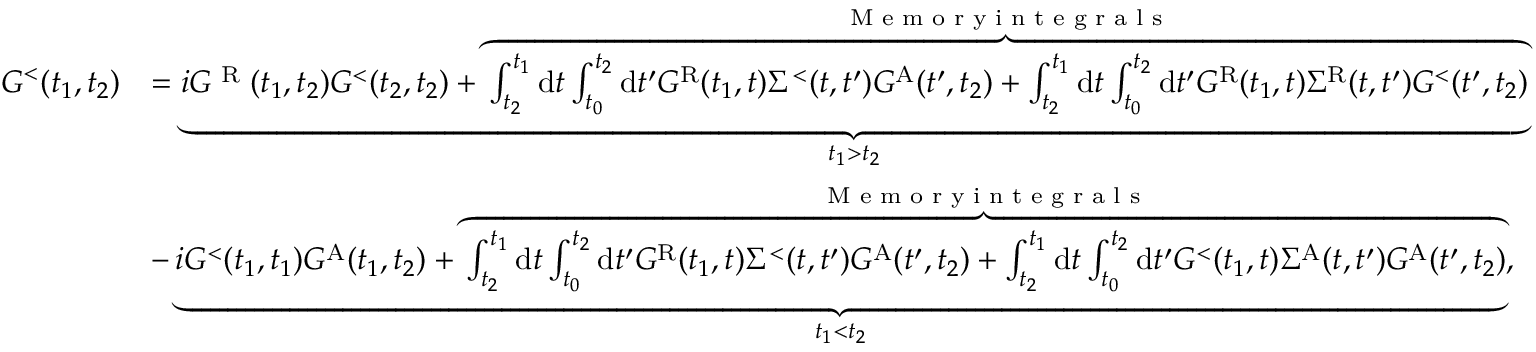
\begin{array} { r l } { G ^ { < } ( t _ { 1 } , t _ { 2 } ) } & { = \underbrace { i G ^ { \textrm { R } } ( t _ { 1 } , t _ { 2 } ) G ^ { < } ( t _ { 2 } , t _ { 2 } ) + \overbrace { \int _ { t _ { 2 } } ^ { t _ { 1 } } \mathrm { d } t \int _ { t _ { 0 } } ^ { t _ { 2 } } \mathrm { d } t ^ { \prime } G ^ { \mathrm { R } } ( t _ { 1 } , t ) \Sigma ^ { < } ( t , t ^ { \prime } ) G ^ { \mathrm { A } } ( t ^ { \prime } , t _ { 2 } ) + \int _ { t _ { 2 } } ^ { t _ { 1 } } \mathrm { d } t \int _ { t _ { 0 } } ^ { t _ { 2 } } \mathrm { d } t ^ { \prime } G ^ { \mathrm { R } } ( t _ { 1 } , t ) \Sigma ^ { \mathrm { R } } ( t , t ^ { \prime } ) G ^ { < } ( t ^ { \prime } , t _ { 2 } ) } ^ { \textrm { M e m o r y i n t e g r a l s } } } _ { t _ { 1 } > t _ { 2 } } } \\ & { - \underbrace { i G ^ { < } ( t _ { 1 } , t _ { 1 } ) G ^ { \mathrm { A } } ( t _ { 1 } , t _ { 2 } ) + \overbrace { \int _ { t _ { 2 } } ^ { t _ { 1 } } \mathrm { d } t \int _ { t _ { 0 } } ^ { t _ { 2 } } \mathrm { d } t ^ { \prime } G ^ { \mathrm { R } } ( t _ { 1 } , t ) \Sigma ^ { < } ( t , t ^ { \prime } ) G ^ { \mathrm { A } } ( t ^ { \prime } , t _ { 2 } ) + \int _ { t _ { 2 } } ^ { t _ { 1 } } \mathrm { d } t \int _ { t _ { 0 } } ^ { t _ { 2 } } \mathrm { d } t ^ { \prime } G ^ { < } ( t _ { 1 } , t ) \Sigma ^ { \mathrm { A } } ( t , t ^ { \prime } ) G ^ { \mathrm { A } } ( t ^ { \prime } , t _ { 2 } ) } ^ { \textrm { M e m o r y i n t e g r a l s } } } _ { t _ { 1 } < t _ { 2 } } , } \end{array}